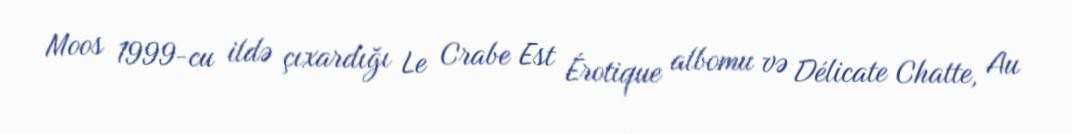
Moos 1999-cu ildə çıxardığı Le Crabe Est Érotique albomu və Délicate Chatte, Au